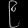
Digit: ၉